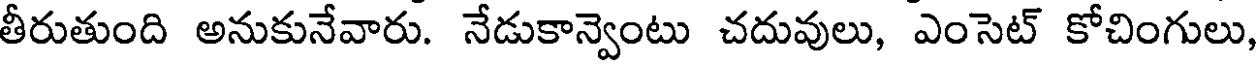
తీరుతుంది అనుకునేవారు. నేడుకాన్వెంటు చదువులు, ఎంసెట్ కోచింగులు,